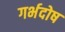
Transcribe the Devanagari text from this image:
गर्भदोष